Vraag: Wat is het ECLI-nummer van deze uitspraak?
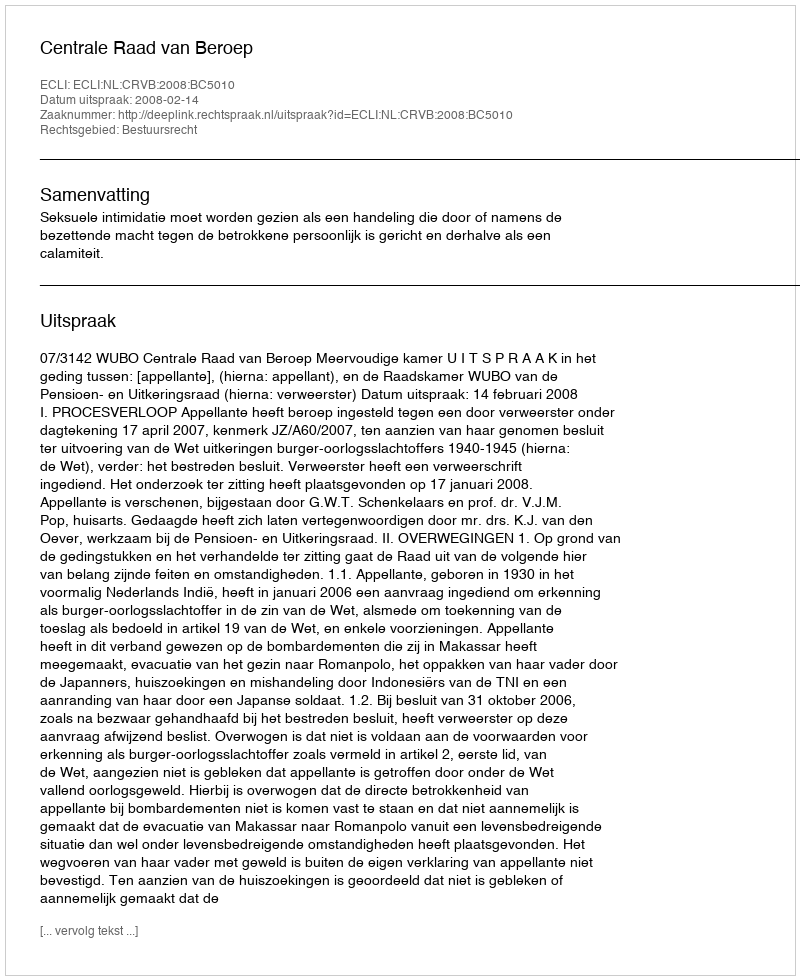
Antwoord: ECLI:NL:CRVB:2008:BC5010